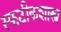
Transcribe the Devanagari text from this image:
स्फटीकशास्त्र